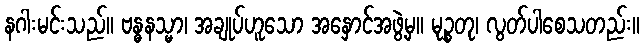
နဂါးမင်းသည်။ ဗန္ဓနသ္မာ၊ အချုပ်ဟူသော အနှောင်အဖွဲ့မှ။ မုဉ္စတု၊ လွတ်ပါစေသတည်း။